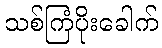
သစ်ကြံပိုးခေါက်